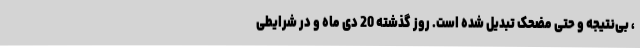
، بی‌نتیجه و حتی مضحک تبدیل شده است. روز گذشته 20 دی ماه و در شرایطی